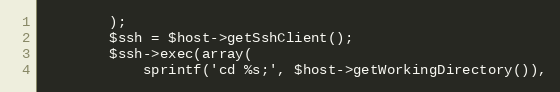
Language: PHP
        );
        $ssh = $host->getSshClient();
        $ssh->exec(array(
            sprintf('cd %s;', $host->getWorkingDirectory()),